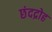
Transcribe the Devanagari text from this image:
छंदद्रोह